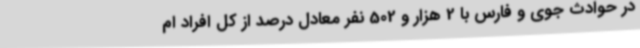
در حوادث جوی و فارس با 2 هزار و 502 نفر معادل درصد از کل افراد ام